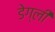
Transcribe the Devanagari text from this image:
डेग्ली